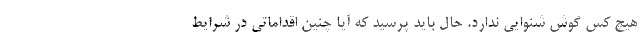
هیچ کس گوش شنوایی ندارد. حال باید پرسید که آیا چنین اقداماتی در شرایط